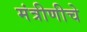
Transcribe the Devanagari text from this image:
मंत्रीणीचे